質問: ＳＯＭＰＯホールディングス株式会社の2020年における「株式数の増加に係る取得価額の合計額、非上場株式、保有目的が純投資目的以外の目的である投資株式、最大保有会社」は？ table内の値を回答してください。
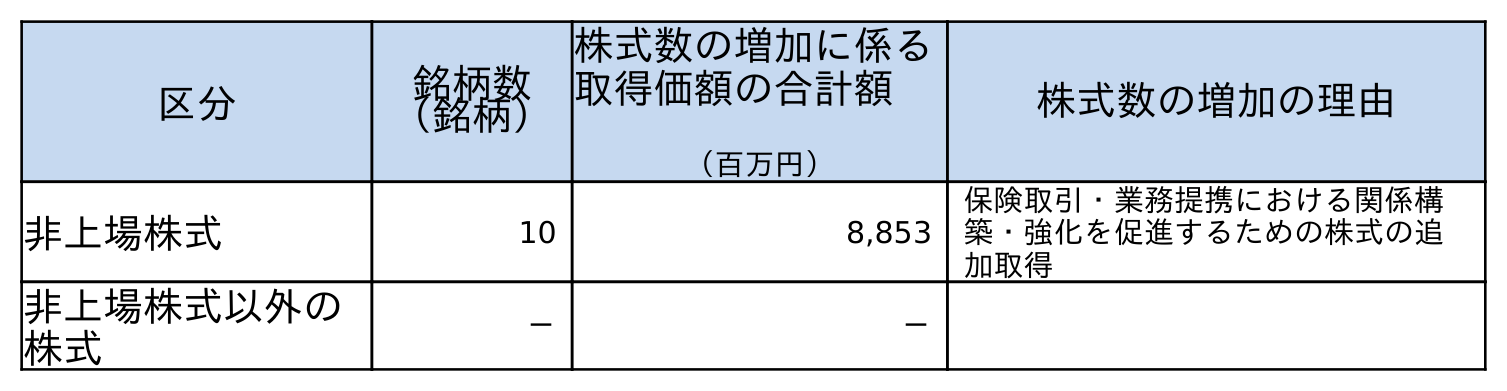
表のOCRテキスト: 区分 銘柄数 （銘柄） 株式数の増加に係る 取得価額の合計額 （百万円） 株式数の増加の理由 非上場株式 10 8,853 保険取引・業務提携における関係構 築・強化を促進するための株式の追 加取得 非上場株式以外の 株式 － －
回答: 8,853